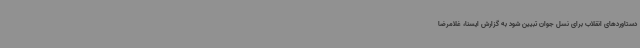
دستاوردهای انقلاب برای نسل جوان تبیین شود به گزارش ایسنا، غلامرضا